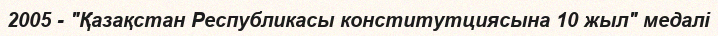
2005 - "Қазақстан Республикасы конститутциясына 10 жыл" медалі